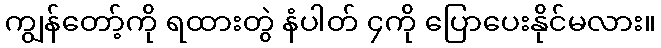
ကျွန်တော့်ကို ရထားတွဲ နံပါတ် ၄ကို ပြောပေးနိုင်မလား။